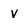
Character: v